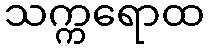
သက္ကရောထ